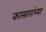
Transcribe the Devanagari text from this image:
कासारांच्या